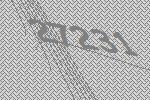
27231